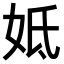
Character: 𡛜